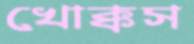
খোক্কস